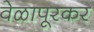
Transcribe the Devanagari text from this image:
वेळापूरकर